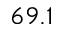
6 9 . 1